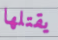
يقتلها